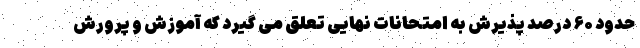
حدود ۶۰ درصد پذیرش به امتحانات نهایی تعلق می گیرد که آموزش و پرورش